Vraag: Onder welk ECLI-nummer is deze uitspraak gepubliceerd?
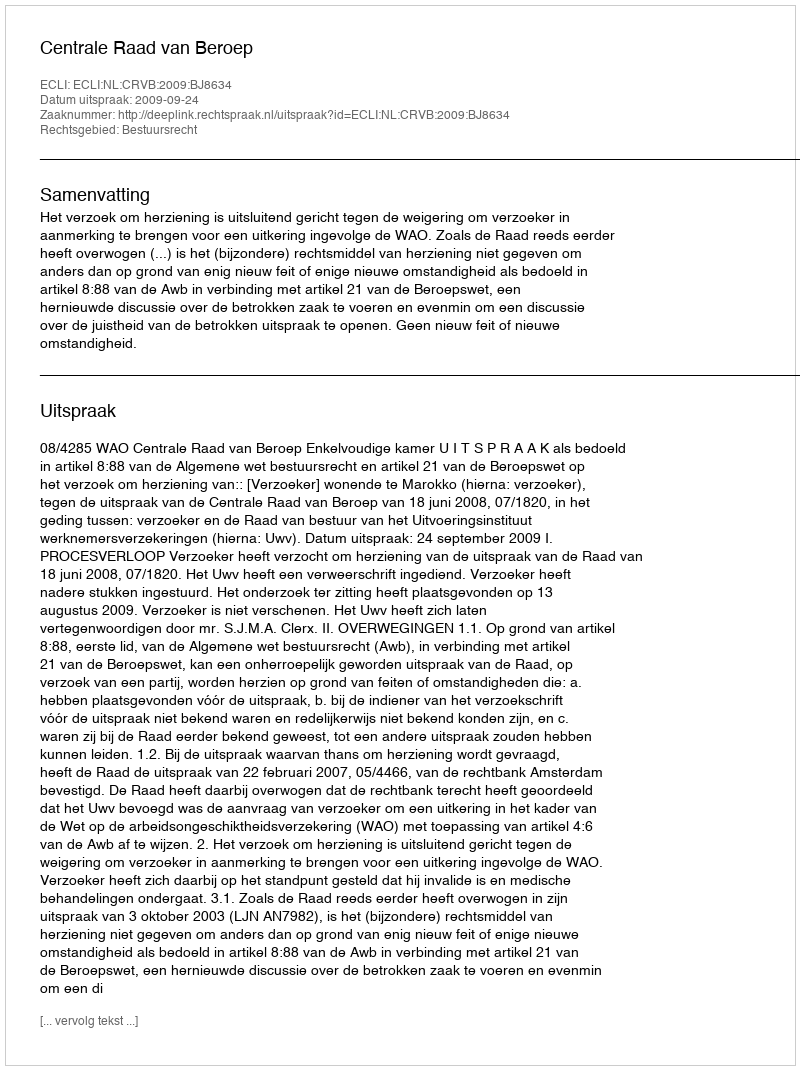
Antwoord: ECLI:NL:CRVB:2009:BJ8634